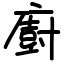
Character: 廚